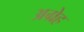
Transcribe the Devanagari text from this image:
अग्रेह